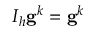
I _ { h } \mathbf { g } ^ { k } = \mathbf { g } ^ { k }